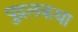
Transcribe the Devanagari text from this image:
पुद्गलकथा